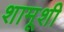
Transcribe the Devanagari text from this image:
शामूशी